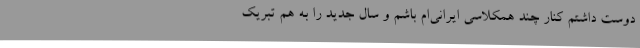
دوست داشتم کنار چند همکلاسی ایرانی‌ام باشم و سال جدید را به هم تبریک